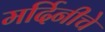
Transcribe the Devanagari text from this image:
मर्दिनीचे